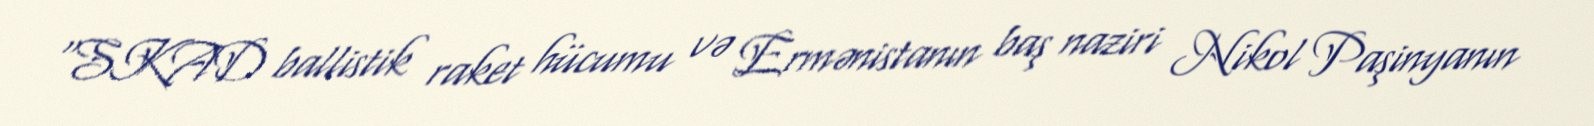
“SKAD ballistik raket hücumu və Ermənistanın baş naziri Nikol Paşinyanın